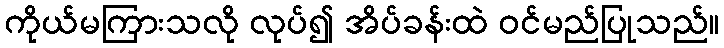
ကိုယ်မကြားသလို လုပ်၍ အိပ်ခန်းထဲ ဝင်မည်ပြုသည်။